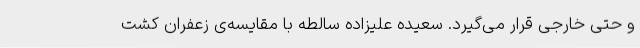
و حتی خارجی قرار می‌گیرد. سعیده علیزاده سالطه با مقایسه‌ی زعفران کشت